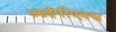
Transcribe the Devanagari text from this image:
आईपीएक्स